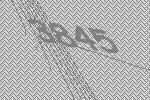
3845